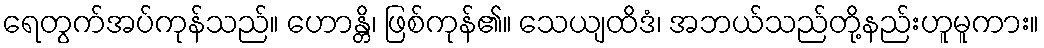
ရေတွက်အပ်ကုန်သည်။ ဟောန္တိ၊ ဖြစ်ကုန်၏။ သေယျထိဒံ၊ အဘယ်သည်တို့နည်းဟူမူကား။